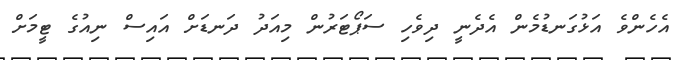
އެހެންވެ އަޅުގަނޑުމެން އެދެނީ ދިވެހި ސަޕޯޓަރުން މިއަދު ދަނޑަށް އައިސް ނިއުގެ ޓީމަށް